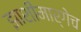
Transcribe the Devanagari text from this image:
झाशीमार्गेच